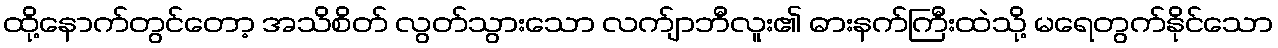
ထို့နောက်တွင်တော့ အသိစိတ် လွတ်သွားသော လက်ျာဘီလူး၏ ဓားနက်ကြီးထဲသို့ မရေတွက်နိုင်သော